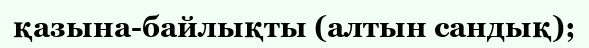
қазына-байлықты (алтын сандық);